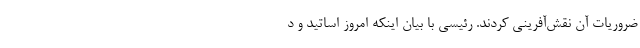
ضروریات آن نقش‌آفرینی کردند. رئیسی با بیان اینکه امروز اساتید و د